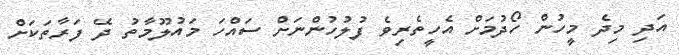
އަދި މިދެ މީހުން ހޯދުމަށް އެހީތެރިވެ ފުލުހުންނަށް ސައްހަ މައުލޫމާތު ދޭ ފަރާތަކަށް